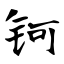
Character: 钶